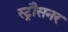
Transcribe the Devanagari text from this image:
स्ट्रौसनर